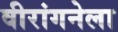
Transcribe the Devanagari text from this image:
वीरांगनेला